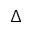
\Delta